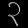
Digit: ၃